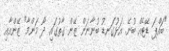
"ބައްޕަ ޑޭޓެއް ބުނޭ. އަޅުގަނޑު ބުނާނަން ޒޭން ގާތުގައި. ދޯ މަންމާ" ޒޭންއާއި